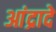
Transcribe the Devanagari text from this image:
आंद्रादे